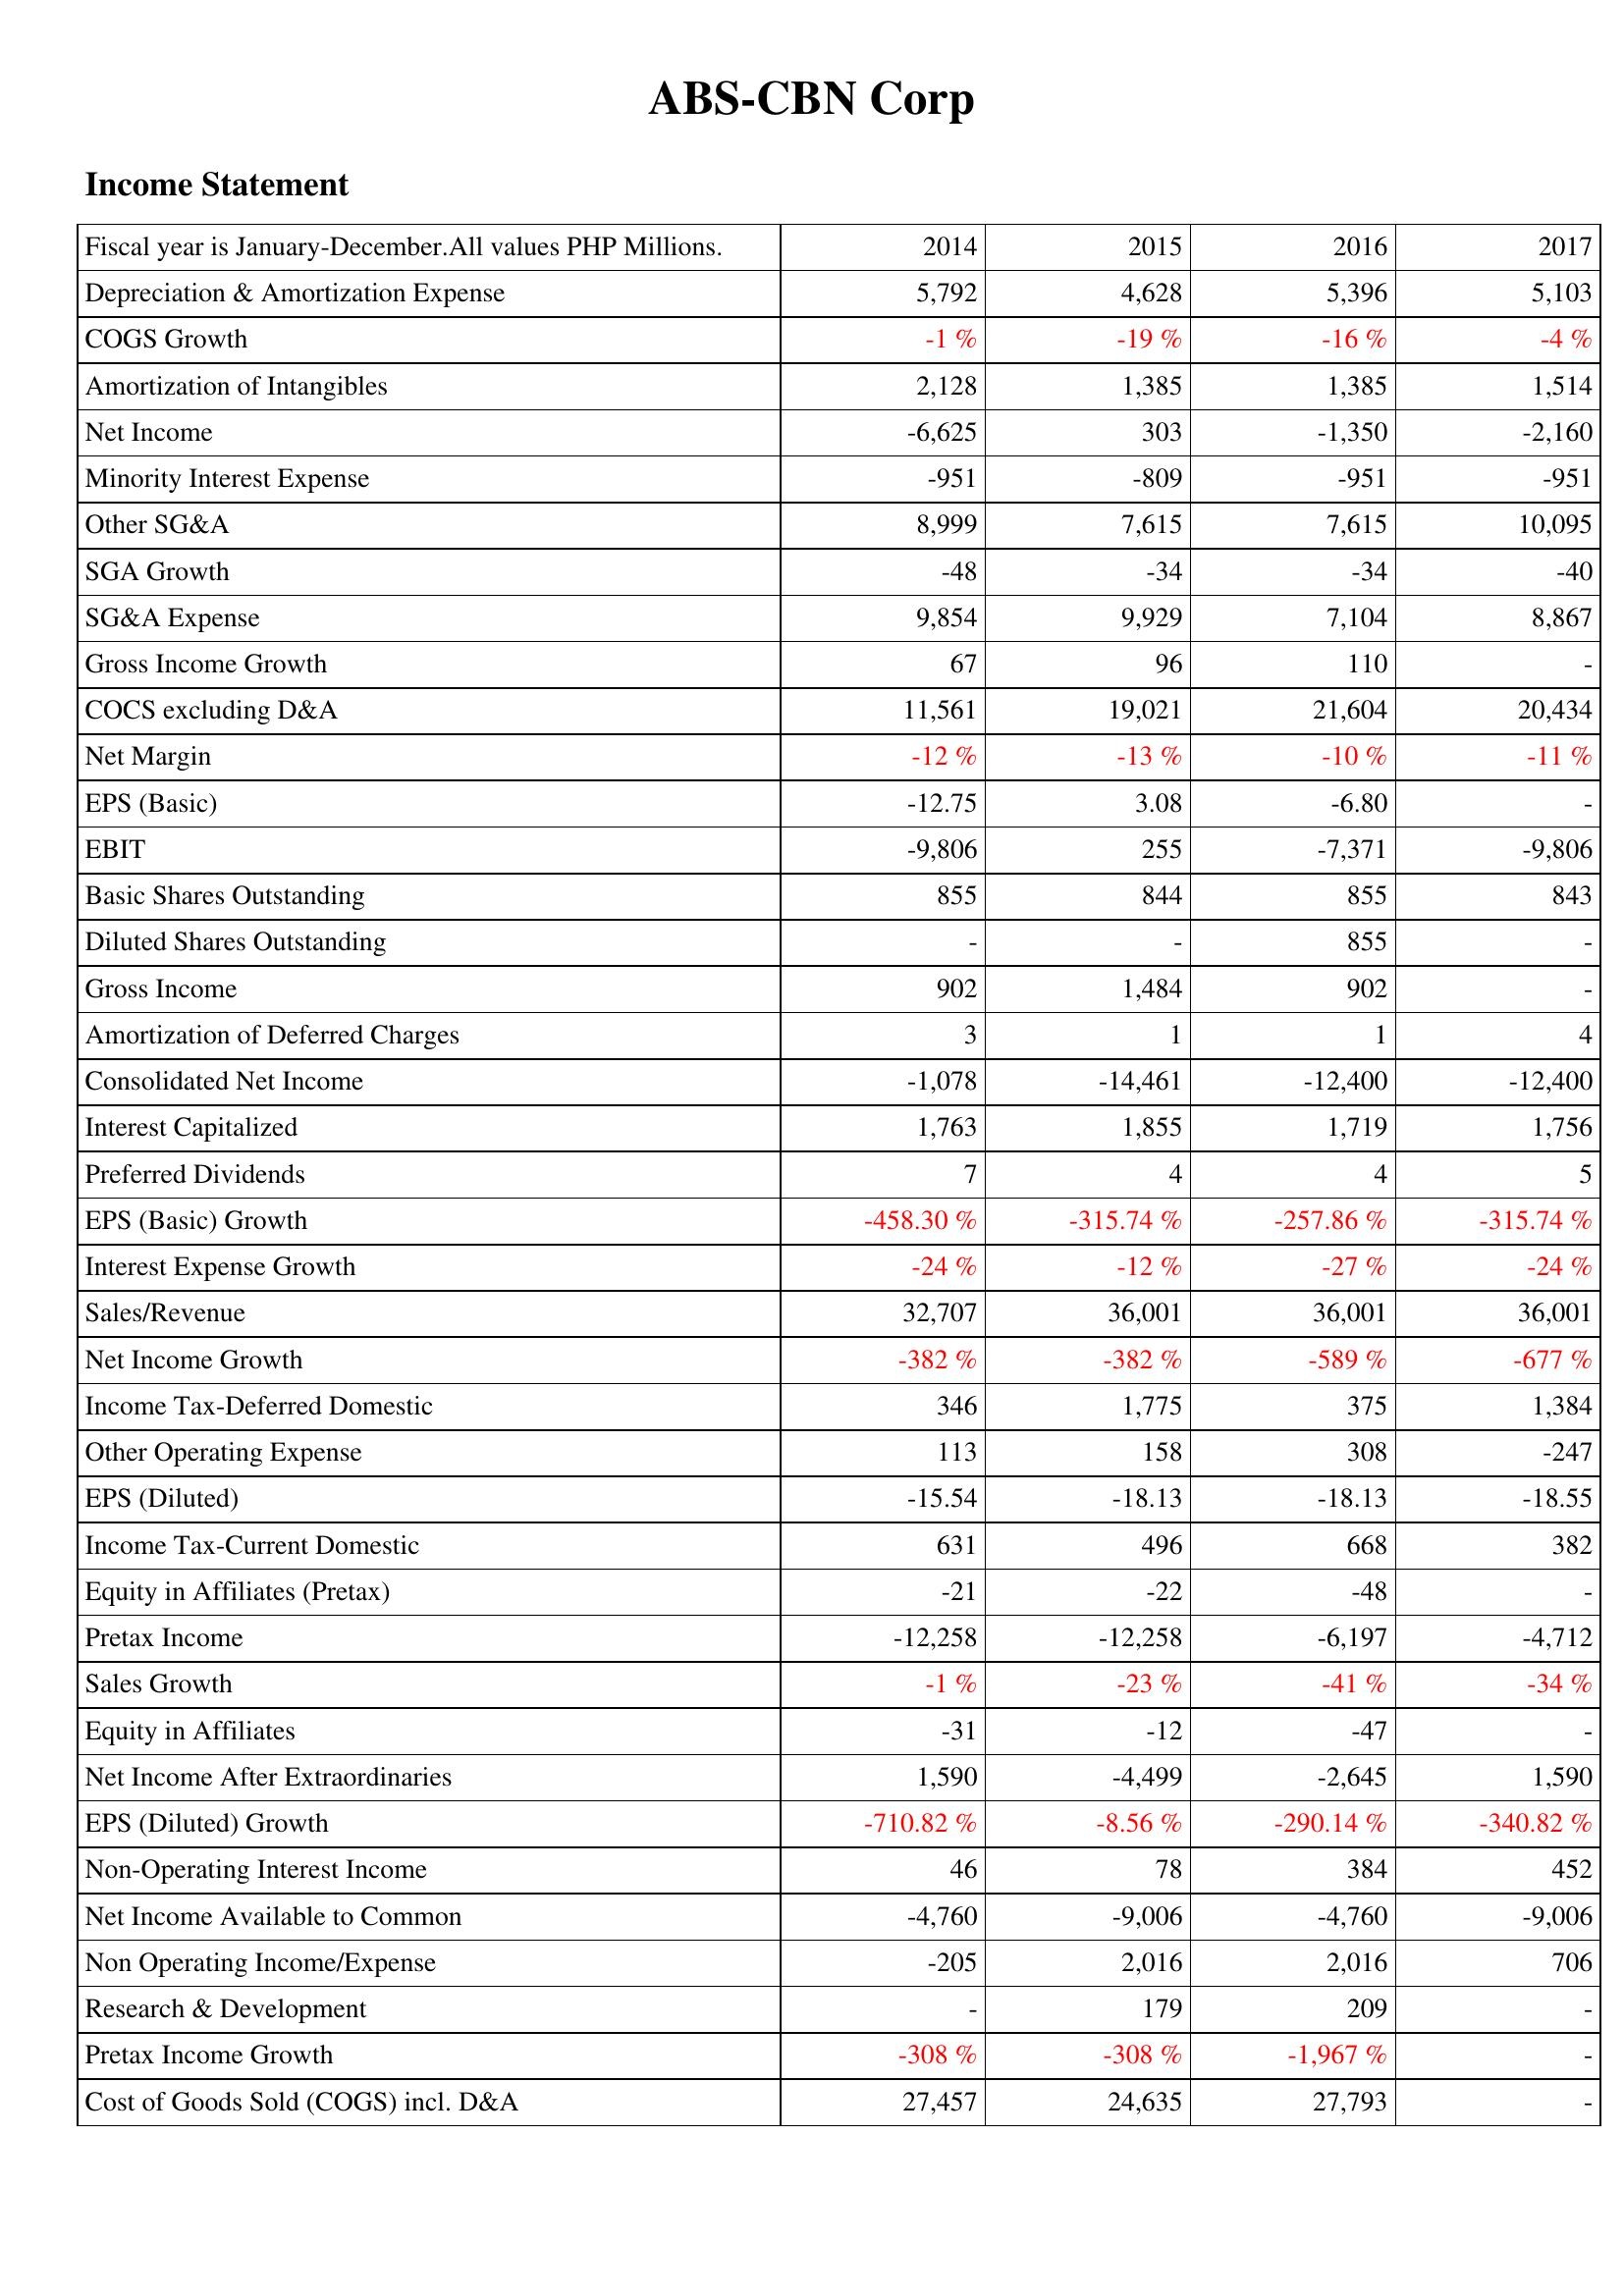
2014: Income Statement: Depreciation & Amortization Expense: 5,792
COGS Growth: -1 %
Amortization of Intangibles: 2,128
Net Income: -6,625
Minority Interest Expense: -951
Other SG&A: 8,999
SGA Growth: -48
SG&A Expense: 9,854
Gross Income Growth: 67
COCS excluding D&A: 11,561
Net Margin: -12 %
EPS (Basic): -12.75
EBIT: -9,806
Basic Shares Outstanding: 855
Diluted Shares Outstanding: -
Gross Income: 902
Amortization of Deferred Charges: 3
Consolidated Net Income: -1,078
Interest Capitalized: 1,763
Preferred Dividends: 7
EPS (Basic) Growth: -458.30 %
Interest Expense Growth: -24 %
Sales/Revenue: 32,707
Net Income Growth: -382 %
Income Tax-Deferred Domestic: 346
Other Operating Expense: 113
EPS (Diluted): -15.54
Income Tax-Current Domestic: 631
Equity in Affiliates (Pretax): -21
Pretax Income: -12,258
Sales Growth: -1 %
Equity in Affiliates: -31
Net Income After Extraordinaries: 1,590
EPS (Diluted) Growth: -710.82 %
Non-Operating Interest Income: 46
Net Income Available to Common: -4,760
Non Operating Income/Expense: -205
Research & Development: -
Pretax Income Growth: -308 %
Cost of Goods Sold (COGS) incl. D&A: 27,457
2015: Income Statement: Depreciation & Amortization Expense: 4,628
COGS Growth: -19 %
Amortization of Intangibles: 1,385
Net Income: 303
Minority Interest Expense: -809
Other SG&A: 7,615
SGA Growth: -34
SG&A Expense: 9,929
Gross Income Growth: 96
COCS excluding D&A: 19,021
Net Margin: -13 %
EPS (Basic): 3.08
EBIT: 255
Basic Shares Outstanding: 844
Diluted Shares Outstanding: -
Gross Income: 1,484
Amortization of Deferred Charges: 1
Consolidated Net Income: -14,461
Interest Capitalized: 1,855
Preferred Dividends: 4
EPS (Basic) Growth: -315.74 %
Interest Expense Growth: -12 %
Sales/Revenue: 36,001
Net Income Growth: -382 %
Income Tax-Deferred Domestic: 1,775
Other Operating Expense: 158
EPS (Diluted): -18.13
Income Tax-Current Domestic: 496
Equity in Affiliates (Pretax): -22
Pretax Income: -12,258
Sales Growth: -23 %
Equity in Affiliates: -12
Net Income After Extraordinaries: -4,499
EPS (Diluted) Growth: -8.56 %
Non-Operating Interest Income: 78
Net Income Available to Common: -9,006
Non Operating Income/Expense: 2,016
Research & Development: 179
Pretax Income Growth: -308 %
Cost of Goods Sold (COGS) incl. D&A: 24,635
2016: Income Statement: Depreciation & Amortization Expense: 5,396
COGS Growth: -16 %
Amortization of Intangibles: 1,385
Net Income: -1,350
Minority Interest Expense: -951
Other SG&A: 7,615
SGA Growth: -34
SG&A Expense: 7,104
Gross Income Growth: 110
COCS excluding D&A: 21,604
Net Margin: -10 %
EPS (Basic): -6.80
EBIT: -7,371
Basic Shares Outstanding: 855
Diluted Shares Outstanding: 855
Gross Income: 902
Amortization of Deferred Charges: 1
Consolidated Net Income: -12,400
Interest Capitalized: 1,719
Preferred Dividends: 4
EPS (Basic) Growth: -257.86 %
Interest Expense Growth: -27 %
Sales/Revenue: 36,001
Net Income Growth: -589 %
Income Tax-Deferred Domestic: 375
Other Operating Expense: 308
EPS (Diluted): -18.13
Income Tax-Current Domestic: 668
Equity in Affiliates (Pretax): -48
Pretax Income: -6,197
Sales Growth: -41 %
Equity in Affiliates: -47
Net Income After Extraordinaries: -2,645
EPS (Diluted) Growth: -290.14 %
Non-Operating Interest Income: 384
Net Income Available to Common: -4,760
Non Operating Income/Expense: 2,016
Research & Development: 209
Pretax Income Growth: -1,967 %
Cost of Goods Sold (COGS) incl. D&A: 27,793
2017: Income Statement: Depreciation & Amortization Expense: 5,103
COGS Growth: -4 %
Amortization of Intangibles: 1,514
Net Income: -2,160
Minority Interest Expense: -951
Other SG&A: 10,095
SGA Growth: -40
SG&A Expense: 8,867
Gross Income Growth: -
COCS excluding D&A: 20,434
Net Margin: -11 %
EPS (Basic): -
EBIT: -9,806
Basic Shares Outstanding: 843
Diluted Shares Outstanding: -
Gross Income: -
Amortization of Deferred Charges: 4
Consolidated Net Income: -12,400
Interest Capitalized: 1,756
Preferred Dividends: 5
EPS (Basic) Growth: -315.74 %
Interest Expense Growth: -24 %
Sales/Revenue: 36,001
Net Income Growth: -677 %
Income Tax-Deferred Domestic: 1,384
Other Operating Expense: -247
EPS (Diluted): -18.55
Income Tax-Current Domestic: 382
Equity in Affiliates (Pretax): -
Pretax Income: -4,712
Sales Growth: -34 %
Equity in Affiliates: -
Net Income After Extraordinaries: 1,590
EPS (Diluted) Growth: -340.82 %
Non-Operating Interest Income: 452
Net Income Available to Common: -9,006
Non Operating Income/Expense: 706
Research & Development: -
Pretax Income Growth: -
Cost of Goods Sold (COGS) incl. D&A: -